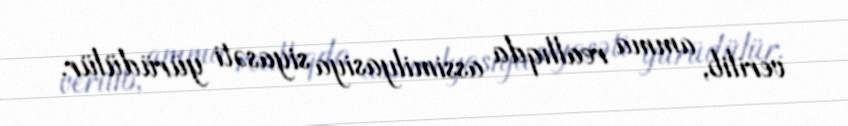
verilib, amma reallıqda assimilyasiya siyasəti yürüdülür.